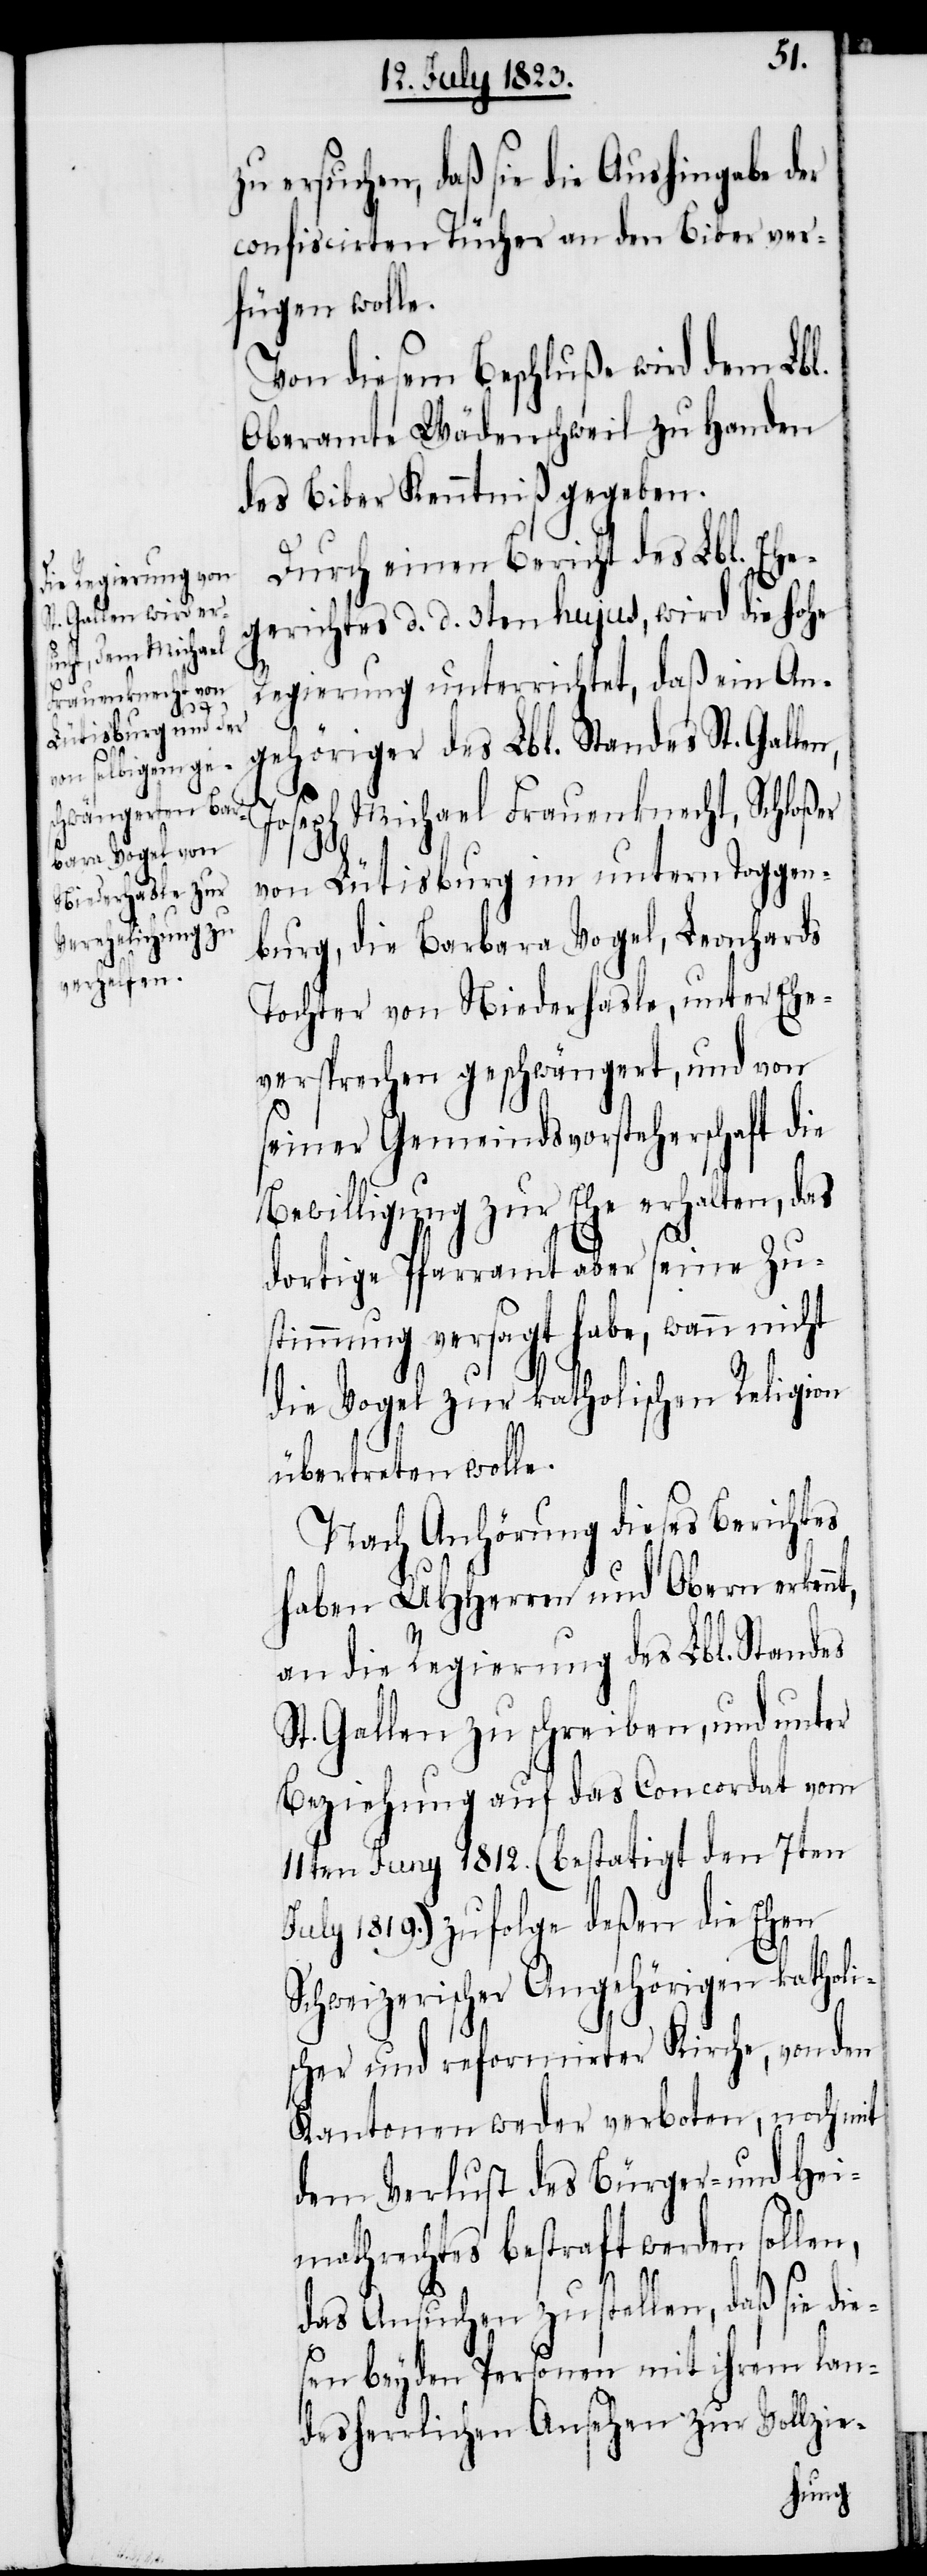
t,

zu ersuchen, daß sie die Aushingabe der
confiscirten Tücher an den Biber ver¬
fügen wolle.
Von diesem Beschluße wird dem Lbl.
Oberamte Wädenschweil zu Handen
des Biber Kenntniß gegeben.
Durch einen Bericht des Lbl. Ehe¬
gerichtes d. d. 3ten hujus, wird die hohe
Regierung unterrichtet, daß ein An¬
gehöriger des Lbl. Standes St. Galle¬
Joseph Michael Frauenknecht, Schloßer
von Lütisburg im untern Toggen¬
burg, die Barbara Vogel, Leonhards
Tochter von Niederhasle, unter Ehe¬
versprechen geschwängert, und von
seiner Gemeindsvorsteherschaft die
Bewilligung zur Ehe erhalten, das
dortige Pfarramt aber seine Zu¬
stimmung versagt habe, wann nicht
die Vogel zur katholischen Religion
übertreten wolle.
Nach Anhörung dieses Berichtes
haben UHHerren und Obern erkenn¬
an die Regierung des Lbl. Standes
St. Gallen zu schreiben, und unter
Beziehung auf das Concordat vom
11ten Juny 1812. (bestatigt den 7ten
July 1819.) zu folge deßen die Ehen
Schweizerischer Angehörigen katholi¬
scher und reformirter Kirche, von den
Kantonen werden verboten, noch mit
dem Verlust des Bürger- und Hei¬
mathrechtes bestraft werden sollen,
das Ansuchen zu stellen, daß sie die¬
sen beyden Personen mit ihrem lan¬
desherrlichen Ansehen zur Vollzie-